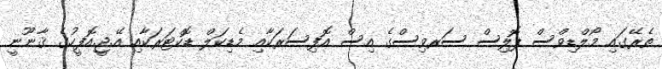
ތެރޭގައި މޯލްޑިވްސް ޕޮލިސް ސަރވިސްގެ އިސް އޮފިސަރަކާއި މެޑިކަލް ޑޮކްޓަރަކާއި އޭ.ޖީ.އޮފީހުގެ ޤާނޫނީ